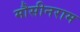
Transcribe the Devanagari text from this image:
मौसीनराम